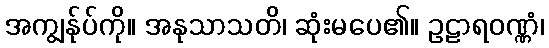
အကျွန်ုပ်ကို။ အနုသာသတိ၊ ဆုံးမပေ၏။ ဥဠာရဝဏ္ဏံ၊